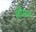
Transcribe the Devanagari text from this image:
लौमस